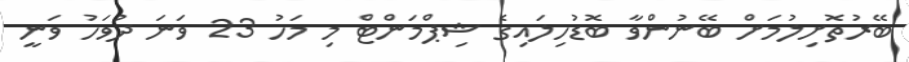
ބޭރުތޮށިލުމަށް ބޭނުންވާ ބޮޑުހިލައިގެ ޝިޕްމަންޓް މި މަހު 23 ވަނަ ދުވަހު ވަނީ